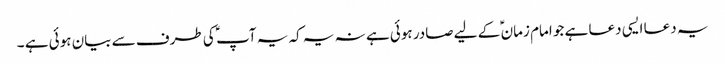
یہ دعا ایسی دعا ہے جو امام زمان ؑ کے لیے صادر ہوئی ہے نہ یہ کہ یہ آپ ؑ کی طرف سے بیان ہوئی ہے ۔